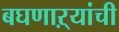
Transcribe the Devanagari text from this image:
बघणाऱ्यांची